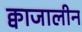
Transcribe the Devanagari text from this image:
क्वाजालीन